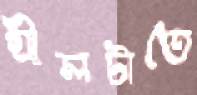
গ্রীলটাতে